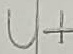
Text: U+